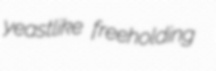
yeastlike freeholding